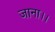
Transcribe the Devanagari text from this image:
जाना।।